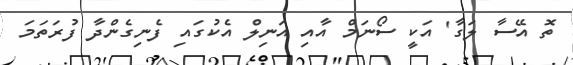
ތޮ އޭސާ ލަގާ' އަކީ ސޯނަމް އާއި އަނިލް އެކުގައި ފެނިގެންދާ ފުރަތަމަ